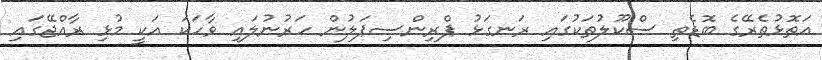
އަތޮޅުތެރޭގެ ބޮޑެތި ސްކޫލުތަކުގައި ރަނގަޅު ޕްރިންސިޕަލުން ހަރުނުލައި ވާހަކަ އަކީ މުޅި ރާއްޖޭގައި